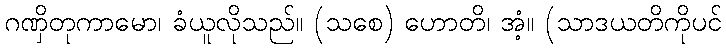
ဂဏှိတုကာမော၊ ခံယူလိုသည်။ (သစေ) ဟောတိ၊ အံ့။ (သာဒယတိကိုပင်